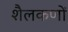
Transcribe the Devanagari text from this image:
शैलकणों